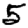
Digit: 5